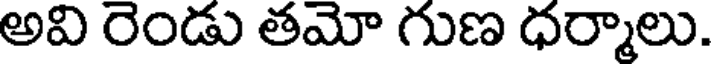
అవి రెండు తమో గుణ ధర్మాలు.